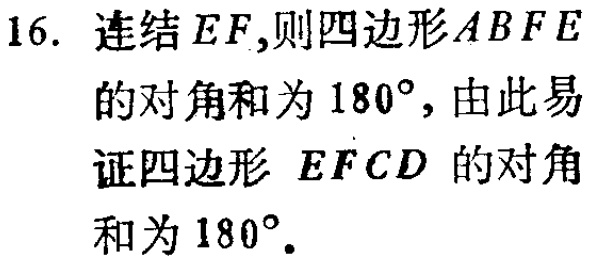
16. 连结\(EF\),则四边形\(ABFE\)的对角和为\(180^{\circ}\),由此易证四边形 \(EFCD\) 的对角和为\(180^{\circ}\).